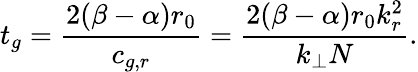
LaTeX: t_{g}=\frac{2(\beta-\alpha)r_{0}}{c_{g,r}}=\frac{2(\beta-\alpha)r_{0}k_{r}^{2}}{k_{\perp}N}.